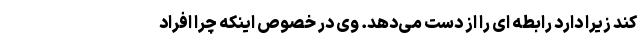
کند زیرا دارد رابطه ای را از دست می‌دهد. وی در خصوص اینکه چرا افراد